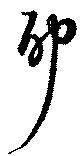
耶